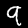
Label: 9